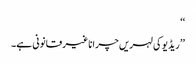
‘‘
’’ریڈیو کی لہریں چرانا غیر قانونی ہے۔